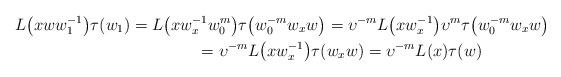
LaTeX: \begin{gather*}L\big( xww_{1}^{-1}\big) \tau(w_{1}) =L\big(xw_{x}^{-1}w_{0}^{m}\big) \tau\big( w_{0}^{-m}w_{x}w\big)=\upsilon^{-m}L\big( xw_{x}^{-1}\big) \upsilon^{m}\tau\big( w_{0}^{-m}w_{x}w\big) \\\hphantom{L\big( xww_{1}^{-1}\big) \tau(w_{1})}{} =\upsilon^{-m}L\big( xw_{x}^{-1}\big) \tau(w_{x}w) =\upsilon^{-m}L(x) \tau(w)\end{gather*}